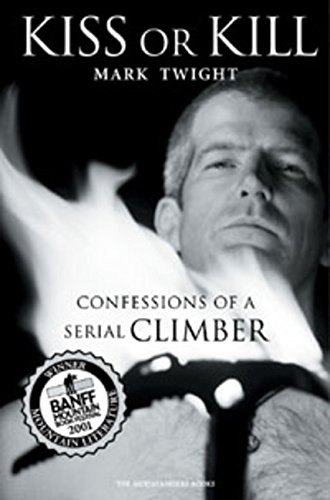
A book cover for Kiss or Kill: Confessions of a Serial Climber; Mark Twight; Sports & Outdoors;